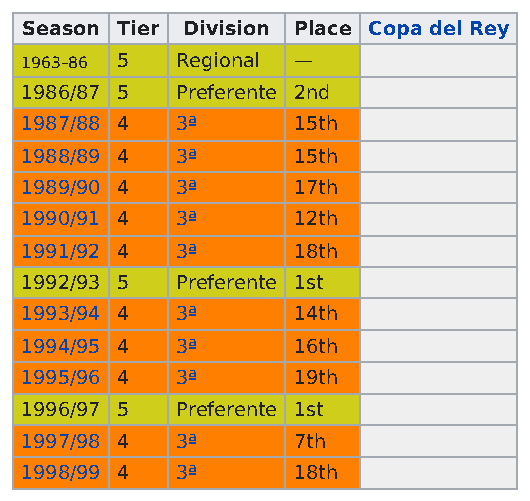
Season Tier Division Place Copa del Rey
 1963–86 5  Regional —
 1986/87 5  Preferente 2nd
 1987/88 4  3ª     15th
 1988/89 4  3ª     15th
 1989/90 4  3ª     17th
 1990/91 4  3ª     12th
 1991/92 4  3ª     18th
 1992/93 5  Preferente 1st
 1993/94 4  3ª     14th
 1994/95 4  3ª     16th
 1995/96 4  3ª     19th
 1996/97 5  Preferente 1st
 1997/98 4  3ª     7th
 1998/99 4  3ª     18th